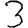
Digit: 3